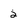
Character: 2